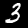
Digit: 3